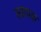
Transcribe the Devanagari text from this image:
स्‍वापक